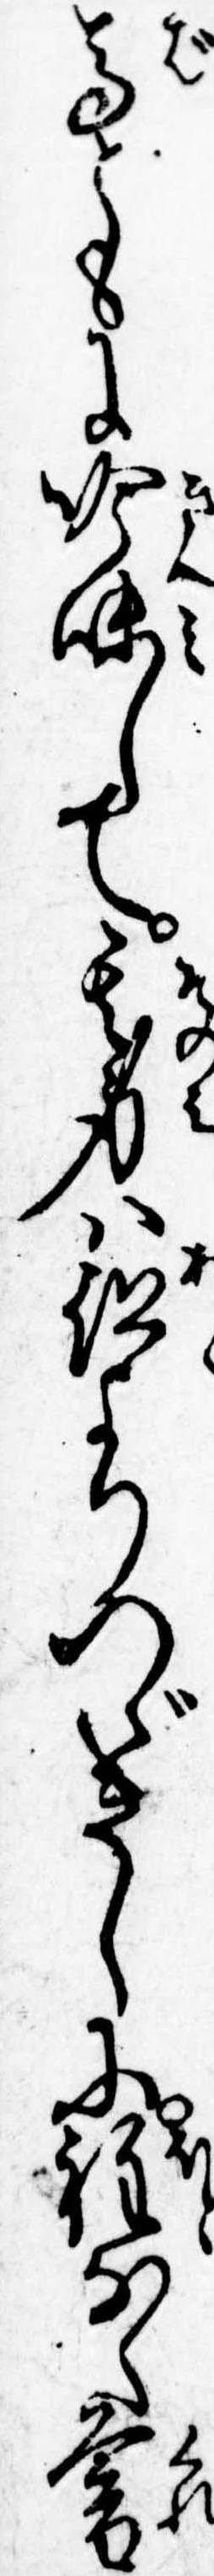
馬ともに吟味して其身は跡よりつゞきしに程なく暮